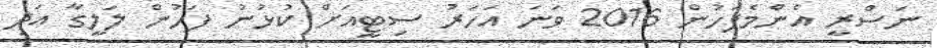
ނަސްރީ އެންމެފަހުން 2016 ވަނަ އަހަރު ސިޓީއަށް ކުޅުނު ފަހުން ލަލީގާ އަދި